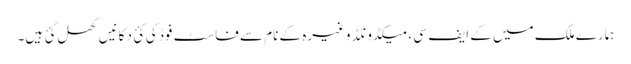
ہمارے ملک میں کے ایف سی ، میکڈونلڈ وغیرہ کے نام سے فاسٹ فوڈ کی کئ دکانیں کھل گئ ہیں۔